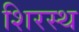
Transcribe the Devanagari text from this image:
शिरस्थ